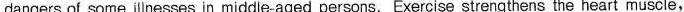
dangers of some illnesses in middle-aged persons. Exercise strengthens the heart muscle.